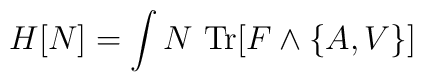
H[N]= \int N \ {\rm Tr}[F\wedge \{A, V\}]